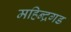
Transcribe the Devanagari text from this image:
महिन्द्रगड